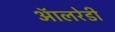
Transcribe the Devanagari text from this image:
ऑलरेडी